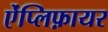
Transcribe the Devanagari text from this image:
ऐंप्लिफ़ायर